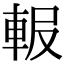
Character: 𨋚